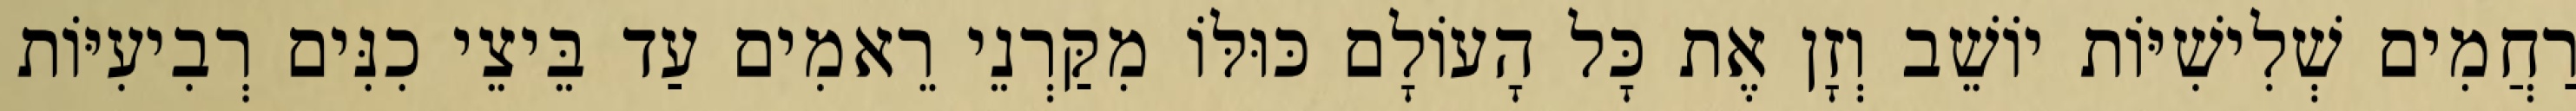
רַחֲמִים שְׁלִישִׁיּוֹת יוֹשֵׁב וְזָן אֶת כָּל הָעוֹלָם כּוּלּוֹ מִקַּרְנֵי רֵאמִים עַד בֵּיצֵי כִנִּים רְבִיעִיּוֹת